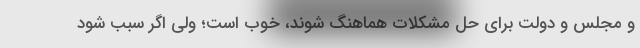
و مجلس و دولت برای حل مشکلات هماهنگ شوند، خوب است؛ ولی اگر سبب شود